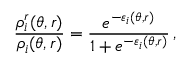
\frac { \rho _ { i } ^ { r } ( \theta , r ) } { \rho _ { i } ( \theta , r ) } = \frac { e ^ { - \varepsilon _ { i } ( \theta , r ) } } { 1 + e ^ { - \varepsilon _ { i } ( \theta , r ) } } \, ,